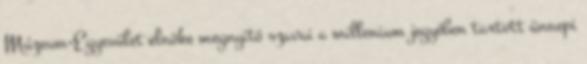
Múzeum-Egyesület elnöke megnyitó szavai a millenium jegyében tartott ünnepi